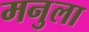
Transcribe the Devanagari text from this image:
मनुला